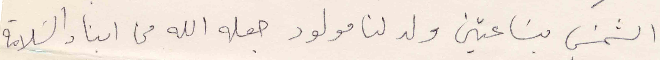
الشمس بساعتين ولد لنا مولود جعله الله من ابناء السلامة